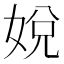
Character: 娧